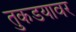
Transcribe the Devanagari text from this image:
तुकडयावर